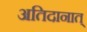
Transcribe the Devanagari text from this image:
अतिदानात्